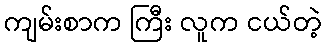
ကျမ်းစာက ကြီး လူက ငယ်တဲ့